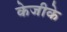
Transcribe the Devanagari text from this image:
केजीके